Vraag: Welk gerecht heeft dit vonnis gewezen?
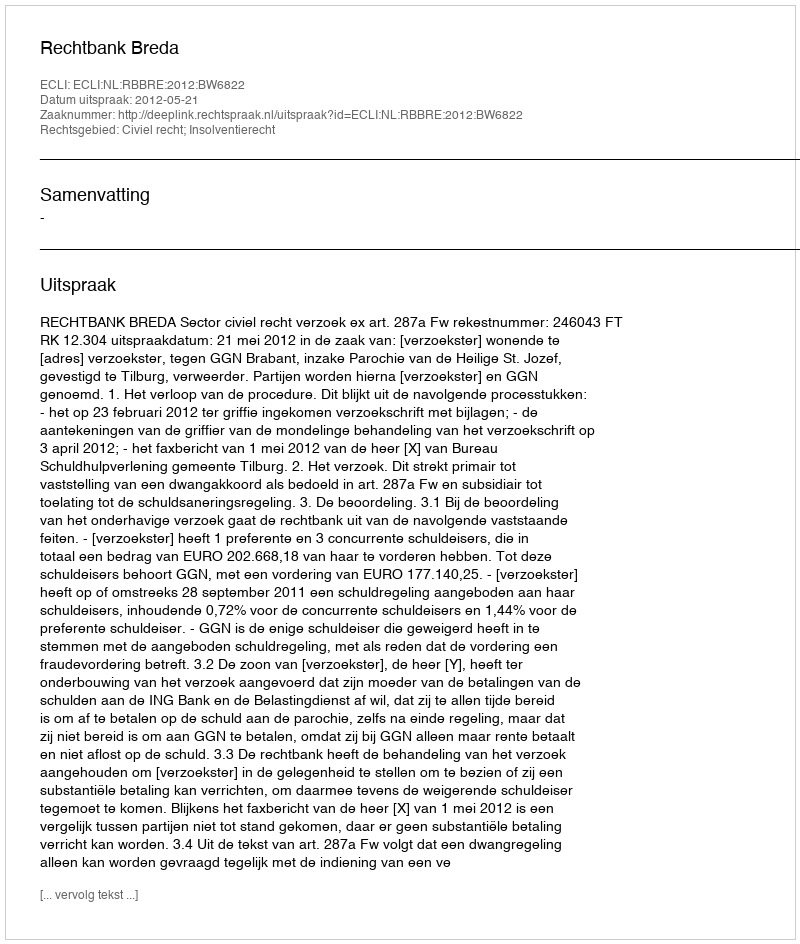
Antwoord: Rechtbank Breda